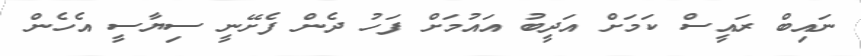
ނައިބް ރައީސް ކަމަށް އަދީބު އައުމަށް ފަހު ދެން ފެށޭނީ ސިޔާސީ އެހެން